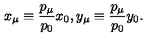
x _ { \mu } \equiv \frac { p _ { \mu } } { p _ { 0 } } x _ { 0 } , y _ { \mu } \equiv \frac { p _ { \mu } } { p _ { 0 } } y _ { 0 } .